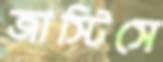
জাস্টিসে